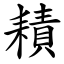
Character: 耫